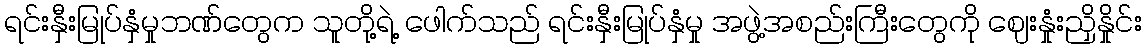
ရင်းနှီးမြုပ်နှံမှုဘဏ်တွေက သူတို့ရဲ့ ဖေါက်သည် ရင်းနှီးမြုပ်နှံမှု အဖွဲ့အစည်းကြီးတွေကို ဈေးနှုံးညှိနှိုင်း